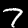
Digit: 7